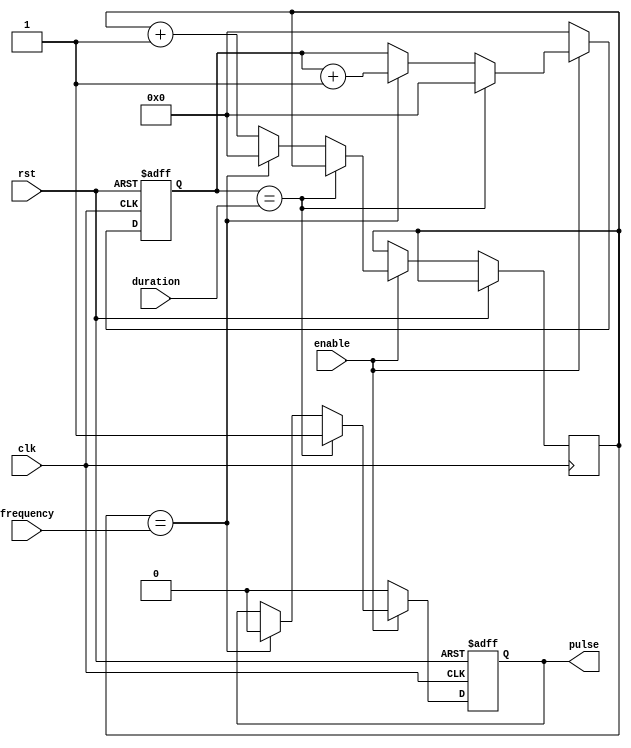
module Variable_Frequency_Pulse_Generator(
    input clk,
    input rst,
    input [7:0] duration,
    input [7:0] frequency,
    input enable,
    output reg pulse
);

reg [7:0] count;
reg [7:0] divider;

always @(posedge clk or posedge rst) begin
    if (rst) begin
        count <= 8'b0;
        pulse <= 1'b0;
    end else begin
        if (enable) begin
            if (count == duration) begin
                count <= 8'b0;
                pulse <= 1'b1;
            end else if (divider == frequency) begin
                count <= count + 1;
                pulse <= 1'b0;
                divider <= 8'b0;
            end else begin
                divider <= divider + 1;
            end
        end else begin
            count <= 8'b0;
            pulse <= 1'b0;
        end
    end
end

endmodule